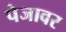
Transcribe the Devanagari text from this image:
पेजावर